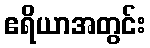
ဧရိယာအတွင်း